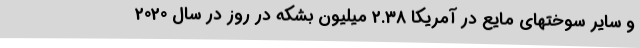
و سایر سوختهای مایع در آمریکا 2.38 میلیون بشکه در روز در سال 2020